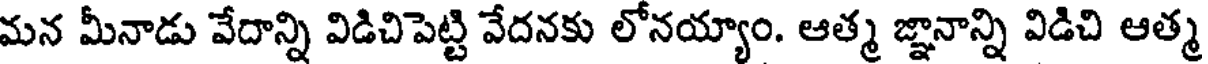
మన మీనాడు వేదాన్ని విడిచిపెట్టి వేదనకు లోనయ్యాం. ఆత్మ జ్ఞానాన్ని విడిచి ఆత్మ